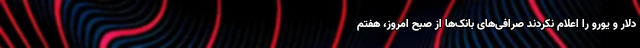
دلار و یورو را اعلام نکردند صرافی‌های بانک‌ها از صبح امروز، هفتم